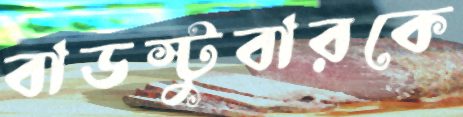
বাডস্টুবারকে